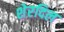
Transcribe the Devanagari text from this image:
शेरदिल